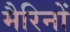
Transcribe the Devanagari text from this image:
मैरिनों